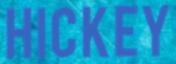
HICKEY